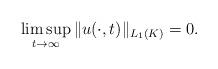
LaTeX: \begin{align*}\limsup_{t \to \infty}\| u (\cdot, t) \|_{L_1 (K)}=0.\end{align*}